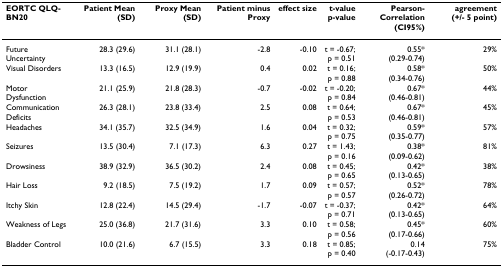
| EORTC QLQ-BN20 | Patient Mean (SD) | Proxy Mean (SD) | Patient minus Proxy | effect size | t-valuep-value | Pearson-Correlation(CI95%) | agreement (+/- 5 point) |
 | --- | --- | --- | --- | --- | --- | --- | --- |
 | Future Uncertainty | 28.3 (29.6) | 31.1 (28.1) | -2.8 | -0.10 | t = -0.67;p = 0.51 | 0.55*(0.29-0.74) | 29% |
 | Visual Disorders | 13.3 (16.5) | 12.9 (19.9) | 0.4 | 0.02 | t = 0.16;p = 0.88 | 0.58*(0.34-0.76) | 50% |
 | Motor Dysfunction | 21.1 (25.9) | 21.8 (28.3) | -0.7 | -0.02 | t = -0.20;p = 0.84 | 0.67*(0.46-0.81) | 44% |
 | Communication Deficits | 26.3 (28.1) | 23.8 (33.4) | 2.5 | 0.08 | t = 0.64;p = 0.53 | 0.67*(0.46-0.81) | 45% |
 | Headaches | 34.1 (35.7) | 32.5 (34.9) | 1.6 | 0.04 | t = 0.32;p = 0.75 | 0.59*(0.35-0.77) | 57% |
 | Seizures | 13.5 (30.4) | 7.1 (17.3) | 6.3 | 0.27 | t = 1.43;p = 0.16 | 0.38*(0.09-0.62) | 81% |
 | Drowsiness | 38.9 (32.9) | 36.5 (30.2) | 2.4 | 0.08 | t = 0.45;p = 0.65 | 0.42*(0.13-0.65) | 38% |
 | Hair Loss | 9.2 (18.5) | 7.5 (19.2) | 1.7 | 0.09 | t = 0.57;p = 0.57 | 0.52*(0.26-0.72) | 78% |
 | Itchy Skin | 12.8 (22.4) | 14.5 (29.4) | -1.7 | -0.07 | t = -0.37;p = 0.71 | 0.42*(0.13-0.65) | 64% |
 | Weakness of Legs | 25.0 (36.8) | 21.7 (31.6) | 3.3 | 0.10 | t = 0.58;p = 0.56 | 0.45*(0.17-0.66) | 60% |
 | Bladder Control | 10.0 (21.6) | 6.7 (15.5) | 3.3 | 0.18 | t = 0.85;p = 0.40 | 0.14(-0.17-0.43) | 75% |